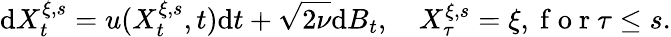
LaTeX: \mathrm{d}X_{t}^{\xi,s}=u(X_{t}^{\xi,s},t)\mathrm{d}t+\sqrt{2\nu}\mathrm{d}B_{t},\quad X_{\tau}^{\xi,s}=\xi,\mathrm{~f~o~r~}\tau\leq s.